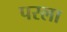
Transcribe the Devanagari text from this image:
परला